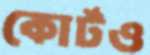
কোর্টও